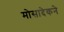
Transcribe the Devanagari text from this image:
मोसादेकने